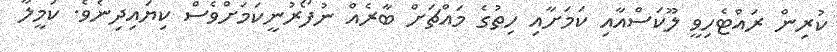
ކުރިން ރައްޓެހިވީ ލޫކަސްއާއި ކަމަށާއި ހިތުގެ މައްޗަށް ބާރެއް ނުފޯރުނީކަމަށްވެސް ކިޔައިދިނެވެ. ކަމީލާ